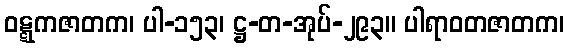
ဝဋ္ဋကဇာတက၊ ပါ-၁၅၃၊ ဋ္ဌ-တ-အုပ်-၂၉၃။ ပါရာဝတဇာတက၊